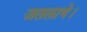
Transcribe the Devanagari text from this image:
जतलाये।